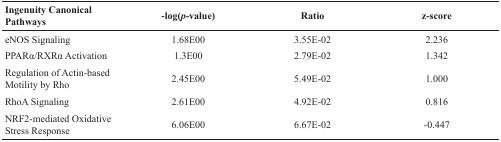
<table><thead><tr><td><b>Ingenuity Canonical Pathways</b></td><td><b>-log(<i>p</i>-value)</b></td><td><b>Ratio</b></td><td><b>z-score</b></td></tr></thead><tbody><tr><td>eNOS Signaling</td><td>1.68E00</td><td>3.55E-02</td><td>2.236</td></tr><tr><td>PPARα/RXRα Activation</td><td>1.3E00</td><td>2.79E-02</td><td>1.342</td></tr><tr><td>Regulation of Actin-based Motility by Rho</td><td>2.45E00</td><td>5.49E-02</td><td>1.000</td></tr><tr><td>RhoA Signaling</td><td>2.61E00</td><td>4.92E-02</td><td>0.816</td></tr><tr><td>NRF2-mediated Oxidative Stress Response</td><td>6.06E00</td><td>6.67E-02</td><td>-0.447</td></tr></tbody></table>